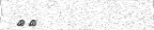
٦٨